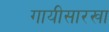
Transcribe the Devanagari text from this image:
गायीसारखा